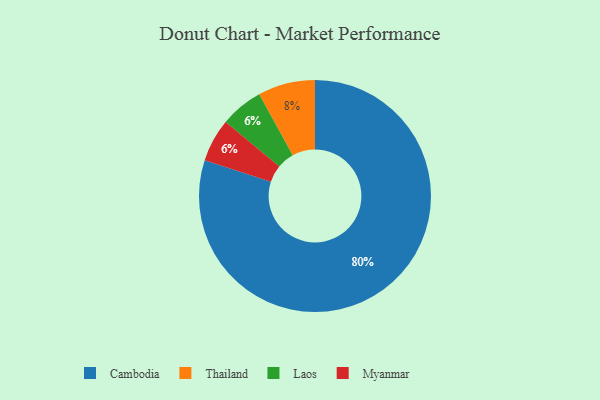
{"axis": {"x": "Category", "y": "Percentage"}, "legend": ["Cambodia", "Laos", "Myanmar", "Thailand"], "data": [{"x": "Thailand", "y": 8, "type": "Thailand"}, {"x": "Cambodia", "y": 80, "type": "Cambodia"}, {"x": "Laos", "y": 6, "type": "Laos"}, {"x": "Myanmar", "y": 6, "type": "Myanmar"}]}